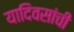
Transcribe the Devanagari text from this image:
यादिवसांची